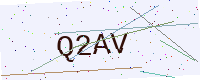
Text: Q2AV